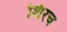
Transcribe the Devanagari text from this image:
शिरच